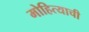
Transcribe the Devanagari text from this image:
मोहित्याची